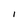
Character: I